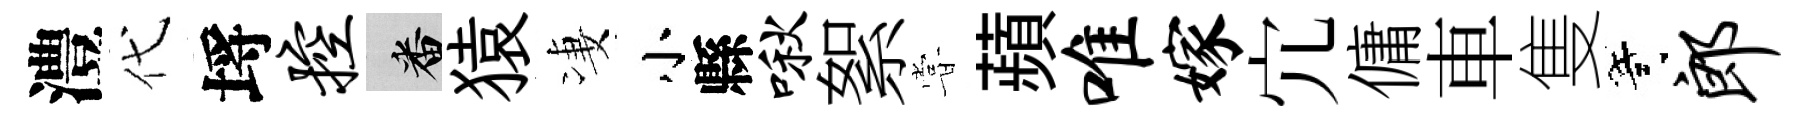
澧代埓控番猿凄小縣啾絮甞蘋唯嫁宂傭車隻寄郎